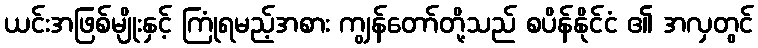
ယင်းအဖြစ်မျိုးနှင့် ကြုံရမည့်အစား ကျွန်တော်တို့သည် စပိန်နိုင်ငံ ၏ အလှတွင်